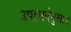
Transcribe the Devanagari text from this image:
उपासनेनुसार